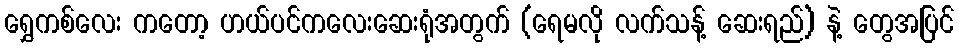
ရွှေကစ်လေး ကတော့ ဟယ်ပင်ကလေးဆေးရုံအတွက် (ရေမလို လက်သန့် ဆေးရည်) နဲ့ တွေအပြင်